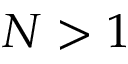
N > 1